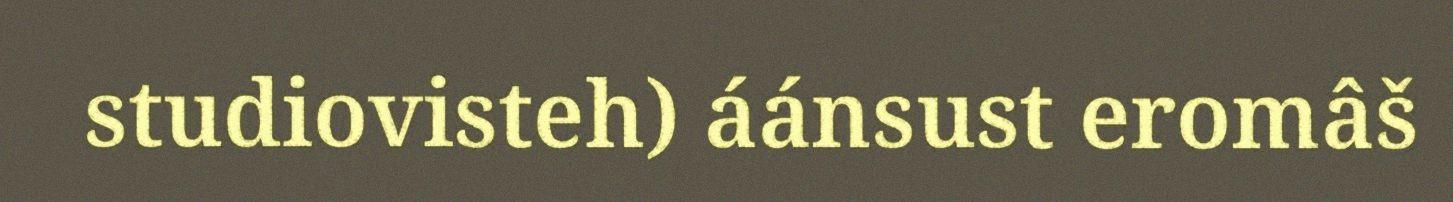
studiovisteh) áánsust eromâš